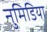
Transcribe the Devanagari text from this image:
नुमिडिया